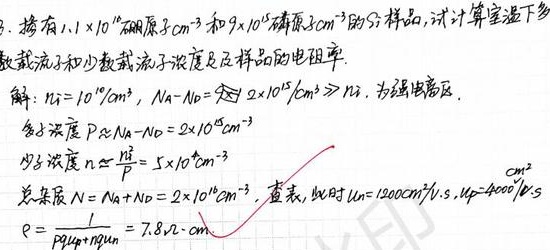
3. 掺有\(1.1\times10^{16}\)硼原子\(\text{cm}^{-3}\)和\(9\times10^{15}\)磷原子\(\text{cm}^{-3}\)的硅样品，试计算室温下多数载流子和少数载流子浓度及样品的电阻率。
解：\(n_i = 10^{10}/\text{cm}^{3}\)，\(N_a - N_d = 2\times10^{15}\text{cm}^{-3} \gg n_i\)，为强电离区。
多数浓度\(p \approx N_a - N_d = 2\times10^{15}\text{cm}^{-3}\)
少数浓度\(n \approx \frac{n_i^2}{p}=5\times10^{4}\text{cm}^{-3}\)
总杂质\(N = N_a + N_d = 2\times10^{16}\text{cm}^{-3}\)，查表，此时\(\mu_p = 1200\text{cm}^{2}/\text{V}\cdot\text{s}\)，\(\mu_n = 400\text{cm}^{2}/\text{V}\cdot\text{s}\)
\(\rho=\frac{1}{p q \mu_p + n q \mu_n}=7.8\Omega\cdot\text{cm}\)